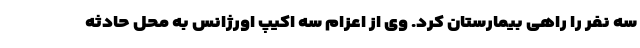
سه نفر را راهی بیمارستان کرد. وی از اعزام سه اکیپ اورژانس به محل حادثه